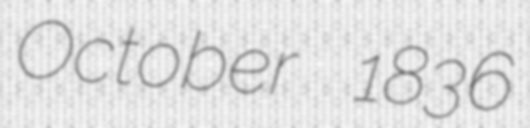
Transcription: October 1836